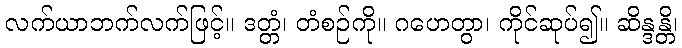
လက်ယာဘက်လက်ဖြင့်။ ဒတ္တံ၊ တံစဉ်ကို။ ဂဟေတွာ၊ ကိုင်ဆုပ်၍။ ဆိန္ဒန္တိ၊